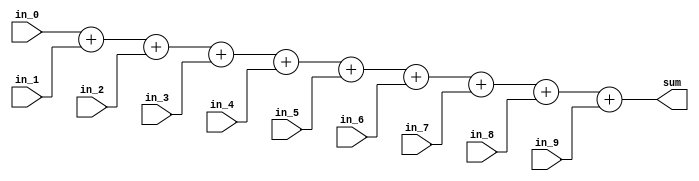
module Sum_10(in_0, in_1, in_2, in_3, in_4, in_5, in_6, in_7, in_8, in_9, sum);
	input [5:0]in_0;
	input [5:0]in_1;
	input [5:0]in_2;
	input [5:0]in_3;
	input [5:0]in_4;
	input [5:0]in_5;
	input [5:0]in_6;
	input [5:0]in_7;
	input [5:0]in_8;
	input [5:0]in_9;
	
	output [5:0]sum;
	
	assign sum = in_0 + in_1 +in_2 + in_3 + in_4 + in_5 + in_6 + in_7 + in_8 + in_9 ;
	
	

endmodule